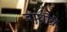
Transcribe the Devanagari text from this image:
वाघोत्रे